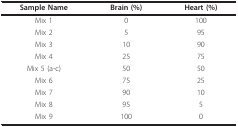
<table><thead><tr><td><b>Sample Name</b></td><td><b>Brain (%)</b></td><td><b>Heart (%)</b></td></tr></thead><tbody><tr><td>Mix 1</td><td>0</td><td>100</td></tr><tr><td>Mix 2</td><td>5</td><td>95</td></tr><tr><td>Mix 3</td><td>10</td><td>90</td></tr><tr><td>Mix 4</td><td>25</td><td>75</td></tr><tr><td>Mix 5 (a-c)</td><td>50</td><td>50</td></tr><tr><td>Mix 6</td><td>75</td><td>25</td></tr><tr><td>Mix 7</td><td>90</td><td>10</td></tr><tr><td>Mix 8</td><td>95</td><td>5</td></tr><tr><td>Mix 9</td><td>100</td><td>0</td></tr></tbody></table>